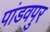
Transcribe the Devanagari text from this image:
पांडवपुर